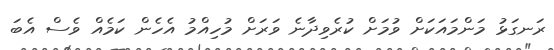
ރަނގަޅު މަންމައަކަށް ވުމަށް ކުރެވިދާނެ ވަރަށް މުހިއްމު އެހެން ކަމެއް ވެސް އެބަ